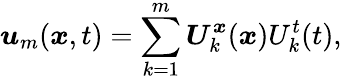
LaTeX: {\boldsymbol{\mathbf{\mathit{u}}}}_{m}({\boldsymbol{\mathbf{\mathit{x}}}},t)=\sum_{k=1}^{m}{\boldsymbol{\mathbf{\mathit{U}}}}_{k}^{\boldsymbol{\mathbf{\mathit{x}}}}({\boldsymbol{\mathbf{\mathit{x}}}})U_{k}^{t}(t),